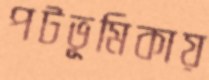
পটভূমিকায়